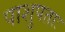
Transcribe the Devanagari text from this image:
पाशुपताः